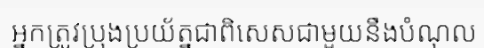
អ្នកត្រូវប្រុងប្រយ័ត្នជាពិសេសជាមួយនឹងបំណុល